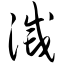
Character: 灭